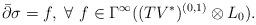
LaTeX: \begin{align*} \bar{\partial}\sigma=f, ~\forall ~ f\in \Gamma^\infty( (TV^*)^{(0,1)}\otimes L_0). \end{align*}